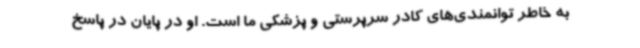
به خاطر توانمندی‌های کادر سرپرستی و پزشکی ما است. او در پایان در پاسخ